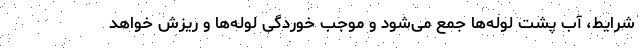
شرایط، آب پشت لوله‌ها جمع می‌شود و موجب خوردگی لوله‌ها و ریزش خواهد